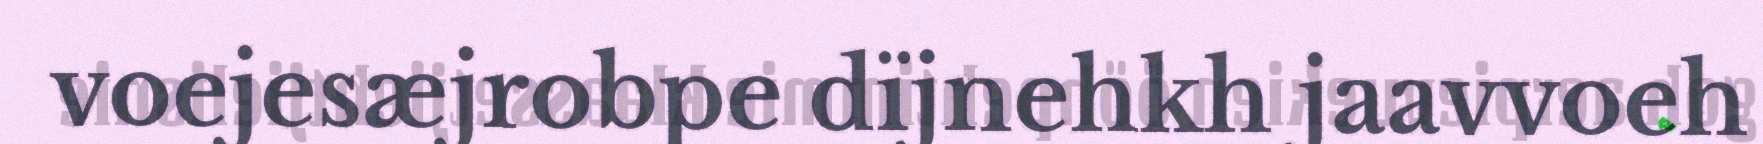
voejesæjrobpe dïjnehkh jaavvoeh